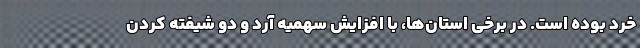
خرد بوده است. در برخی استان‌ها، با افزایش سهمیه آرد و دو شیفته کردن